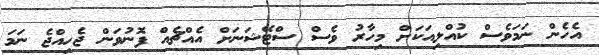
އެހެން ނަމަވެސް ކުއްލިއަކަށް މިހާރު ވެސް ސްޓޭޝަނަށް އެއްޗެއް ފޮނުވަން ޖެހިއްޖެ ނަމަ